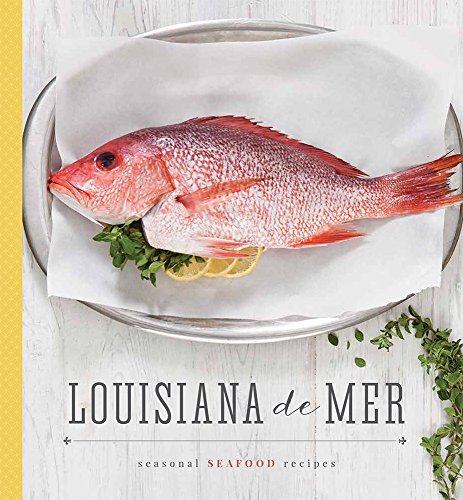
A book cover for Louisiana De Mer: Seasonal Seafood Recipes; Cookbooks, Food & Wine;